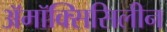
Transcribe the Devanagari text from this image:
अॅमॉक्सिसिलीन